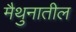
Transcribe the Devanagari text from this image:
मैथुनातील